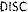
DISC